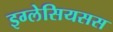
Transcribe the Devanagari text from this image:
इग्लेसियसस